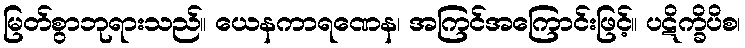
မြတ်စွာဘုရားသည်။ ယေနကာရဏေန၊ အကြင်အကြောင်းဖြင့်။ ပဋိက္ခိပိစ၊